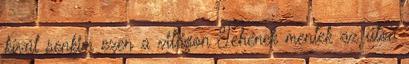
kívül senkim ezen a világon Tehenek mentek az úton